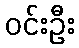
ဝင်းဦး